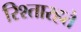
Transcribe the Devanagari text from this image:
रिश्तारहते